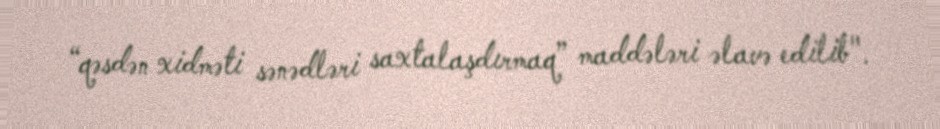
“qəsdən xidməti sənədləri saxtalaşdırmaq” maddələri əlavə edilib".